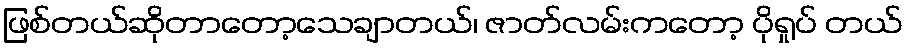
ဖြစ်တယ်ဆိုတာတော့သေချာတယ်၊ ဇာတ်လမ်းကတော့ ပိုရှုပ် တယ်